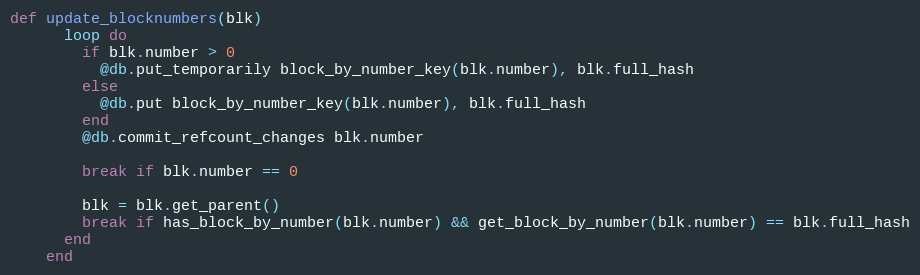
Language: Ruby
def update_blocknumbers(blk)
      loop do
        if blk.number > 0
          @db.put_temporarily block_by_number_key(blk.number), blk.full_hash
        else
          @db.put block_by_number_key(blk.number), blk.full_hash
        end
        @db.commit_refcount_changes blk.number

        break if blk.number == 0

        blk = blk.get_parent()
        break if has_block_by_number(blk.number) && get_block_by_number(blk.number) == blk.full_hash
      end
    end